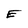
Character: E